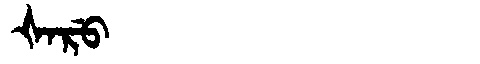
Manchu: ᡧᠠᡵᡠ
Romanization: ŠARU